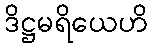
ဒိဋ္ဌမရိယေဟိ